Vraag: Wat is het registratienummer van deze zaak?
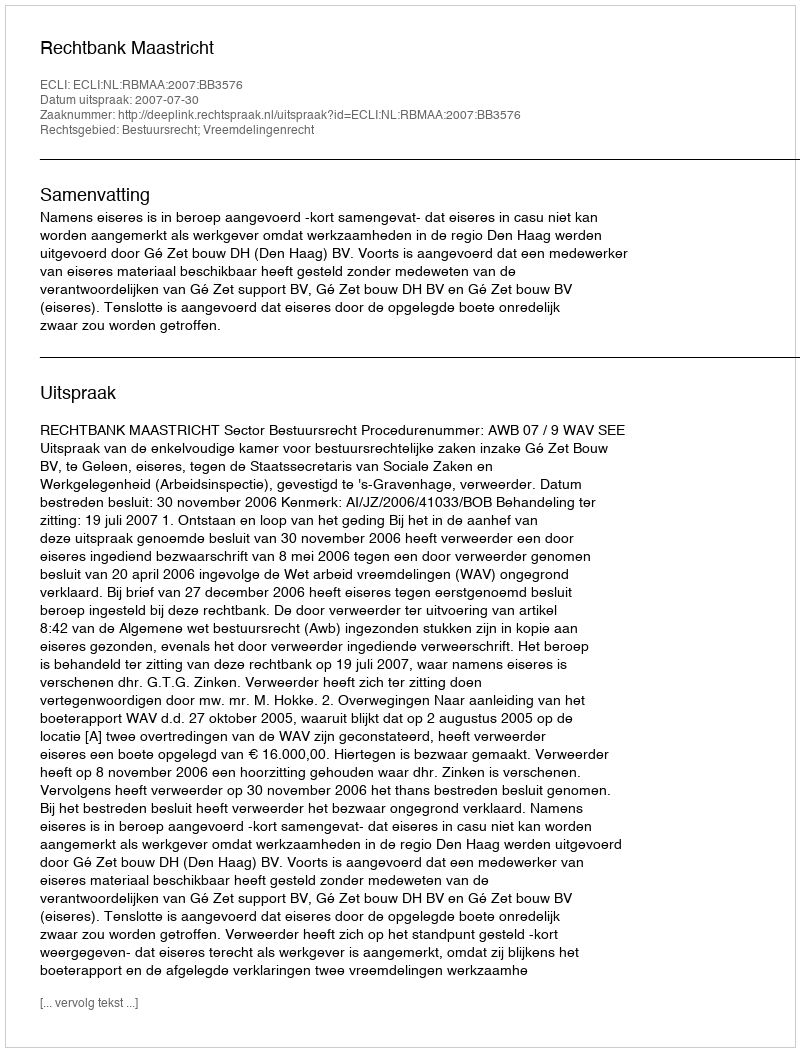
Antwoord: http://deeplink.rechtspraak.nl/uitspraak?id=ECLI:NL:RBMAA:2007:BB3576